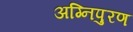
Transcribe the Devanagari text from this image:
अग्निपुरण